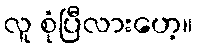
လူ စုံပြီလားဟေ့။